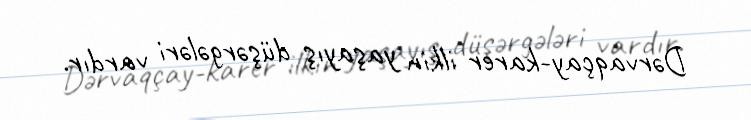
Dərvaqçay-karer ilkin yaşayış düşərgələri vardır.